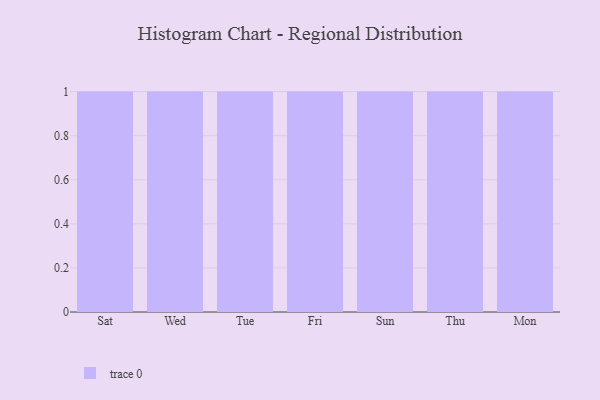
{"axis": {"x": "Day", "y": "Backlog"}, "legend": [""], "data": [{"x": "Sat", "y": 68, "type": ""}, {"x": "Wed", "y": 69, "type": ""}, {"x": "Tue", "y": 19, "type": ""}, {"x": "Fri", "y": 17, "type": ""}, {"x": "Sun", "y": 4, "type": ""}, {"x": "Thu", "y": 72, "type": ""}, {"x": "Mon", "y": 95, "type": ""}]}